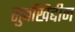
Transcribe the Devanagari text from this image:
सुबखिद्दीन